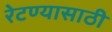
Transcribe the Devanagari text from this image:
रेटण्यासाठी